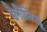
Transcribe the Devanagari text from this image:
डैनीलिडू